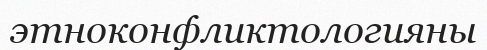
этноконфликтологияны